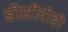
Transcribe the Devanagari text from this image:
डीसीपीडी